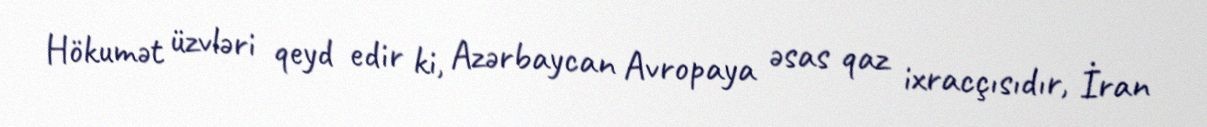
Hökumət üzvləri qeyd edir ki, Azərbaycan Avropaya əsas qaz ixracçısıdır, İran